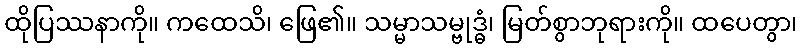
ထိုပြဿနာကို။ ကထေသိ၊ ဖြေ၏။ သမ္မာသမ္ဗုဒ္ဓံ၊ မြတ်စွာဘုရားကို။ ထပေတွာ၊